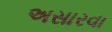
અસારવા